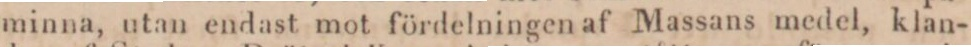
minna, utan endast mot fördelningen af Massans medel, klan-